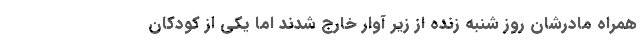
همراه مادرشان روز شنبه زنده از زیر آوار خارج شدند اما یکی از کودکان